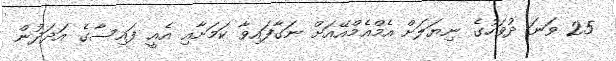
25 ވަނަ ދުވަހުގެ ނިޔަލަށް އެމްއެމްއޭއަށް ނަގާފައިވާ ކަމަށާއި އެއީ ފައިސާގެ އަދަދުން